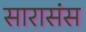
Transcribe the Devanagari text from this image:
सारासंस